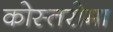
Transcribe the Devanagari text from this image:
कोस्तरोमा